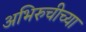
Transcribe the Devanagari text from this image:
अभिरुचीच्या